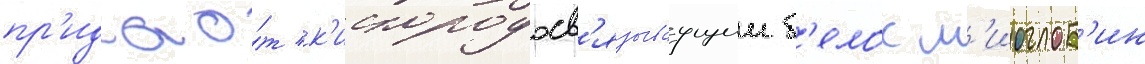
пр'идао́т к'ислородосв'язываущии б'елок м'иоглоб'ин